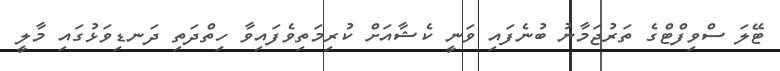
ޓޭލަ ސްވިފްޓްގެ ތަރުޖަމާނު ބުނެފައި ވަނީ ކެޝާއަށް ކުރިމަތިވެފައިވާ ހިތްދަތި ދަނޑިވަޅުގައި މާލީ